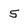
Character: 5